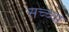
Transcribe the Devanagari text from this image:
सच्च्या